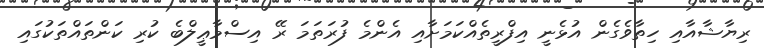
ރިޔާޝާއާއި ހިތާވެގެން އުޅެނީ އިފްރީތެއްކަމަށާއި އެންމެ ފުރަތަމަ ރޭ އިސްމާޢީލްބެ ކުރި ކަންތައްތަކުގައި